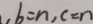
, b = n , c = n